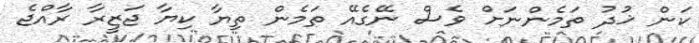
ކަން ޚުދު ތަމެންނަށް ވެސް ނޭގެއޭ ތަމެން ތިޔާ ކިޔާ ޖަޒީރާ ރާއްޖެ